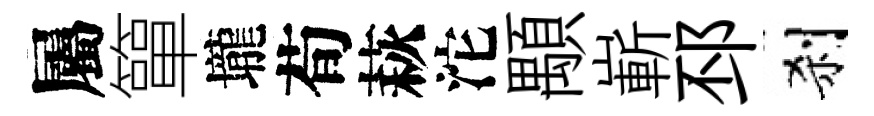
屬簞壠荀萩沱顒嶄邳刹